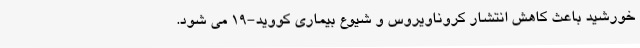
خورشید باعث کاهش انتشار کروناویروس و شیوع بیماری کووید-۱۹ می شود.